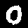
Label: 0